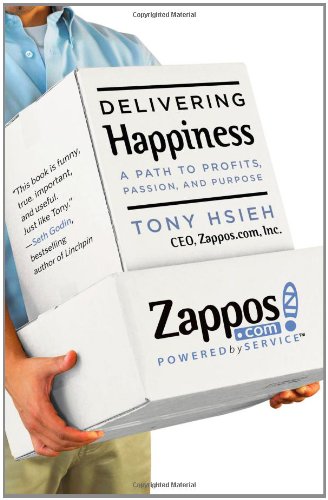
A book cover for Delivering Happiness: A Path to Profits, Passion, and Purpose; Tony Hsieh; Business & Money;